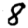
Digit: 8